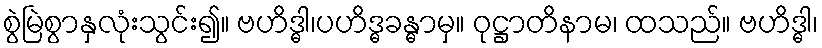
စွဲမြဲစွာနှလုံးသွင်း၍။ ဗဟိဒ္ဓါ၊ပဟိဒ္ဓခန္ဓာမှ။ ဝုဋ္ဌာတိနာမ၊ ထသည်။ ဗဟိဒ္ဓါ၊